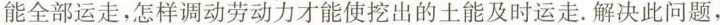
能全部运走，怎样调动劳动力才能使挖出的土能及时运走。解决此问题，